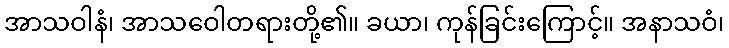
အာသဝါနံ၊ အာသဝေါတရားတို့၏။ ခယာ၊ ကုန်ခြင်းကြောင့်။ အနာသဝံ၊